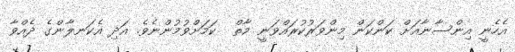
އެހެނީ އިންސާނާއަށް ކަންކަން މިންވަރުކުރައްވަނީ މާތް  ކަމަށްވުމުންނެވެ. އަދި އެކަނލާންގެ ދެއްވާ